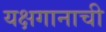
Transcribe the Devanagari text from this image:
यक्षगानाची